Vaccination in the Punjab 1897-1904 - 1897-1904
Year: 1897
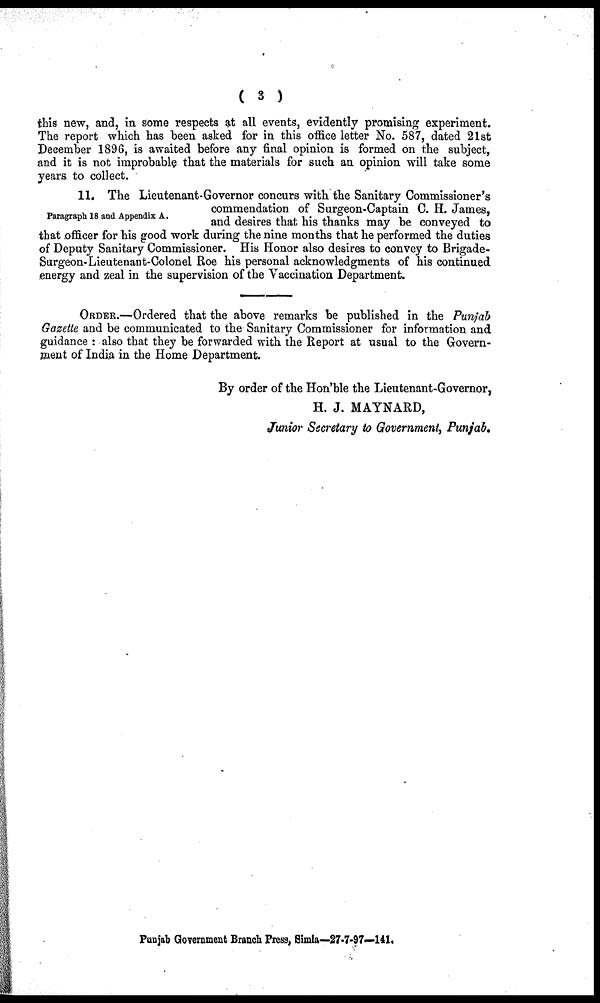
( 3 )
this new, and, in some respects at all events, evidently promising experiment.
The report which has been asked for in this office letter No. 587, dated 21st
December 1896, is awaited before any final opinion is formed on the subject,
and it is not improbable that the materials for such an opinion will take some
years to collect.
Paragraph 18 and Appendix A.
11. The Lieutenant-Governor concurs with the Sanitary Commissioner's
commendation of Surgeon-Captain C. H. James,
and desires that his thanks may be conveyed to
that officer for his good work during the nine months that he performed the duties
of Deputy Sanitary Commissioner. His Honor also desires to convey to Brigade-
Surgeon-Lieutenant-Colonel Roe his personal acknowledgments of his continued
energy and zeal in the supervision of the Vaccination Department.
ORDER.—Ordered that the above remarks be published in the Punjab
Gazette and be communicated to the Sanitary Commissioner for information and
guidance : also that they be forwarded with the Report at usual to the Govern-
ment of India in the Home Department.
By order of the Hon'ble the Lieutenant-Governor,
H. J. MAYNARD,
Junior Secretary to Government, Punjab.
Punjab Government Branch Press, Simla—27-7-97—-141.